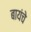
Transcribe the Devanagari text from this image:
बायंचे